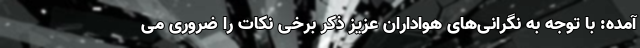
آمده: با توجه به نگرانی‌های هواداران عزیز ذکر برخی نکات را ضروری می